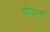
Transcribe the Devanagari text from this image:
चोअल